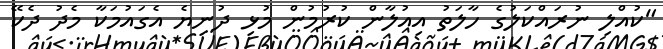
"ކުއްލި ނުރައްކަލުގެ ހާލަތު އިއުލާން ކުރުމުން މުޅި ދުނިޔެ އެގައުމަކާ މެދު ދެކޭ